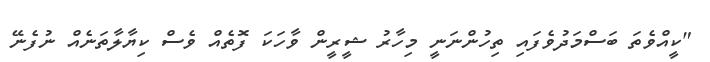
"ކީއްވެތަ ބަސްމަދުވެފައި ތިހުންނަނީ މިހާރު ޝީރީން ވާހަކަ ފޮތެއް ވެސް ކިޔާލާތަނެއް ނުފެނޭ